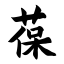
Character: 葆